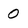
Character: 0